Report of the Hyderabad Chloroform Commission
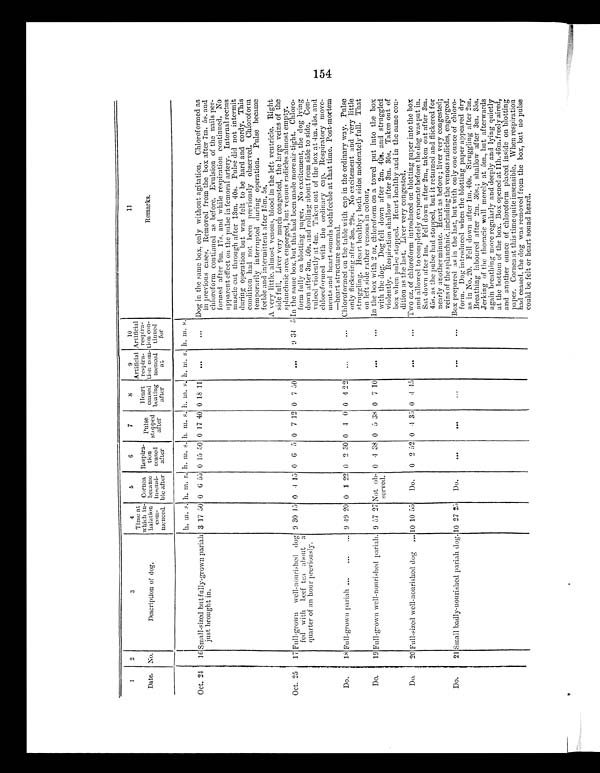
1
Date.
2
3
4
5
1
7
8
9
1 0
11
Remarks.
No.
Description of dog.
Time at
which in-
halation
corn-
menced.
Cornea
became
insensi-
ble after
Itespira-
tion
ceased
after
Pulse
stopped
after
Heart
ceased
beating
after
Artificial
respire-
tion com-
menced
at
Artificial
respira-
tion con-
tinued
for
Oct. 24
16 Small-sized but fully-gown pariah
just brought in.
h. m. s. h. m. s. h. m. s. h. m. s. h. m s. h. m. s. h. m. s.
Dog in the same box, only without agitation. Chloroformed as
in previous cases. Removed from the box after 7m. 5s. and
chloroform continued as before. Evulsion of the nails per-
formed after 9m. 17s. and while respiration continued. No
apparent effect on the pulse in femoral artery. Internal rectus
muscle cut through after 13m. 40s. Pulse did not intermit
during operation but was felt to be hard and cordy. This
condition had not been previously observed. Chloroform
temporarily interrupted during operation.
Pulse became
feeble and intermittent after 15m. 5s.
A very little, almost venous, blood in the left ventricle. Right
side full. Liver very much congested, the large veins of the
splanchnic area engorged, but venous radicles almost empty.
3 17 50 0 6 55 0 15 50 0 17 40 0 18 11
...
...
Oct. 25
17 Full-grown
well-nourished dog
'
fed with
beef tea about a
quarter of an hour previously.
9 30 15 0
4 15 0 6 5 0 7 12 0 7 50
...
9 34 5 In the same box, but this had been made more air-tight. Chloro-
form fully on blotting paper. No excitement, the dog lying
down after 3m. 50s. and rolling about from side to side. Con-
vulsed violently at 4m. Taken out of the box at 4m. 45s. and
chloroformed with the ordinary cap. Respiratory move-
ments and heart sounds both feeble at that time. Post-mortem
—heart structure normal.
Do.
18 Full-grown pariah
9 49 20 0 1 22 0 2 30 0 4 0 0 4 22
...
...
Chloroformed on the table with cap in the ordinary way. Pulse
only flickering after 3m. 29s. No excitement and very little
struggling. Heart healthy ; both sides moderately full. That
on left side rather venous in colour.
Do.
19 Full-grown well-nourished pariah. 9 57 27 Not ob-
served.
0 4 38 0 5 38 0
7 10
...
...
In the box with 2 oz, chloroform on a towel put into the box
with the dog. Dog fell down after 2m. 40s. and struggled
violently. Respiration shallow after 3m. 30s. Taken out of
box when pulse stopped. Heart healthy and in the same con-
dition as the last. Liver very congested.
Do,
20 Full-sized well-nourished dog
10 10 55
Do.
0 2 52 0 4 35 0 4 15
...
Two oz. of chloroform introduced on blotting paper into the box
and allowed to completely evaporate before the dog was put in.
Sat down after 1m. Fell down after 2m., taken out after 3m.
45s. as the pulse had stopped, but it returned and flickered for
nearly another minute. Heart as before ; liver very congested;
veins of the splanchnic, including the venous radicles, engorged.
Do.
21 Small badly-nourished pariah dog. 10 27 25
Do.
...
...
...
Box prepared as is in the last, but with only one ounce of chloro-
form. Dog introduced when the blotting paper appeared dry
as in No. 20. Fell down after 1m. 40s. Struggling after 2m.
Breathing laboured after 2m. 30s.; shallow after 3m. 35s.
Jerking of the thoracic wall merely at 5m., but afterwards
again breathing more regularly and deeply and lying quietly
at the bottom of the box. Box opened at 11h.46m.freely aired,
and another ounce of chloroform placed inside on blotting
paper. Cornea at this time quite insensible. When respiration
had ceased, the dog was removed from the box, but no pulse
could be felt or heart sound heard.